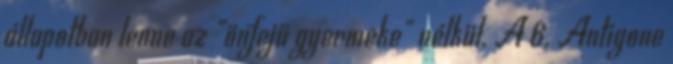
állapotban lenne az "önfejű gyermeke" nélkül. A 6. Antigone